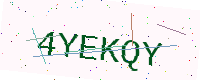
Text: 4YEKQY